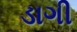
ડાગી